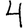
Digit: 4